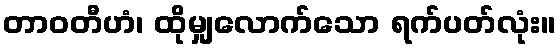
တာဝတီဟံ၊ ထိုမျှလောက်သော ရက်ပတ်လုံး။